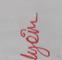
Signature authenticity: genuine